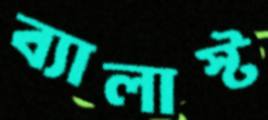
ব্যালাস্ট